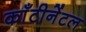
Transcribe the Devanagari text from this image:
काँटीनेंटल